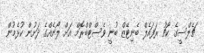
ޗެލްސީގެ ކޯޗު ރަފައެލް ބެނިޓޭޒް ބުނީ ވެސްޓްބްރޮމް އަށް ލޯނެއްގެ ދަށުން ކުޅެމުން